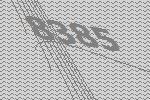
8385